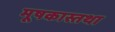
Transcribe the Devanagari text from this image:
मूषकास्तथा